[Report on the health of British troops in the Madras command]
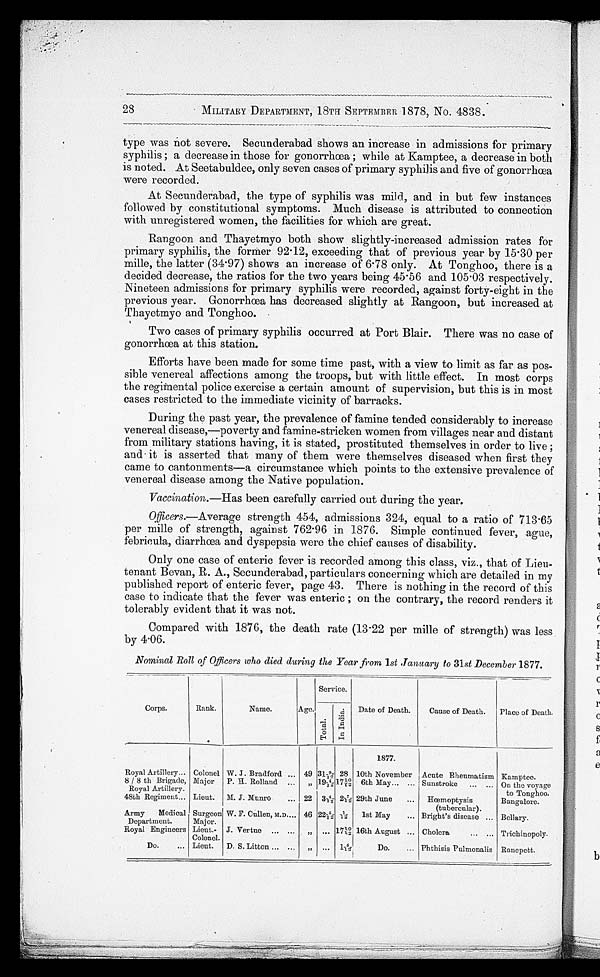
MILITARY DEPARTMENT, 18TH SEPTEMBER 1878, No. 4838.
type was not severe. Secunderabad shows an increase in admissions for primary
syphilis; a decrease in those for gonorrhœa; while at Kamptee, a decrease in both
is noted. At Seetabuldee, only seven cases of primary syphilis and five of gonorrhœa
were recorded.
At Secunderabad, the type of syphilis was mild, and in but few instances
followed by constitutional symptoms. Much disease is attributed to connection
with unregistered women, the facilities for which are great.
Rangoon and Thayetmyo both show slightly-increased admission rates for
primary syphilis, the former 92.12, exceeding that of previous year by 15.30 per
mille, the latter (34.97) shows an increase of 6.78 only. At Tonghoo, there is a
decided decrease, the ratios for the two years being 45.56 and 105.03 respectively.
Nineteen admissions for primary syphilis were recorded, against forty-eight in the
previous year. Gonorrhœa has decreased slightly at Rangoon, but increased at
Thayetmyo and Tonghoo.
Two cases of primary syphilis occurred at Port Blair. There was no case of
gonorrhœa at this station.
Efforts have been made for some time past, with a view to limit as far as pos
-sible venereal affections among the troops, but with little effect. In most corps
the regimental police exercise a certain amount of supervision, but this is in most
cases restricted to the immediate vicinity of barracks.
During the past year, the prevalence of famine tended considerably to increase
venereal disease,—poverty and famine-stricken women from villages near and distant
from military stations having, it is stated, prostituted themselves in order to live;
and it is asserted that many of them were themselves diseased when first they
came to cantonments—a circumstance which points to the extensive prevalence of
venereal disease among the Native population.
Vaccination.—Has been carefully carried out during the year.
Officers.—Average strength 454, admissions 324, equal to a ratio of 713.65
p e r m i l l e o f s t r e n g t h , a g a i n s t 7 6 2 . 9 6 i n 1 8 7 6 . S i m p l e c o n t i n u e d f e v e r , a g u e ,
febricula, diarrhœa and dyspepsia were the chief causes of disability.
Only one case of enteric fever is recorded among this class, viz., that of Lieu
-tenant Bevan, R. A., Secunderabad, particulars concerning which are detailed in my
published report of enteric fever, page 43. There is nothing in the record of this
case to indicate that the fever was enteric; on the contrary, the record renders it
tolerably evident that it was not.
Compared with 1876, the death rate (13.22 per mille of strength) was less
by 4.06.
Nominal Roll of Officers who died during the Year from 1 st January to 31st December 1877.
Corps.
Service.
Rank
.
Name.
Age.
Total.
I n I n d i a .
Date of Death.
Cause of Death.
Place of Death.
1877.
Royal Artillery . . . Colonel W. J. Bradford . . . 49 31 9/12 28 10th November Acute Rheumatism Kamptee.
8/8 th Brigade,
Royal Artillery . . .
Major P. H. Rolland . . .
"
1 9 4 / 1 2
17 10/12 6th May . . . Sunstroke . . . On the voyage
to Tonghoo.
48th Regiment . . . Lieut. M. J. Munro . . . 22
3 4 / 1 2 2 7/12 29th June . . .
H œ m o p t y s i s
(tubercular) . . .
Bangalore.
Army Medical
Department . . .
Surgeon
Major.
W. F. Cullen, M.D . . . 46
2 2 5 / 1 2 1/12 1st May . . . Bright's disease . . . Bellary.
Royal Engineers Lieut-
Colonel.
J. Vertue . . .
"
. . . 17 10/12 16th August . . . Cholera . . . Trichinopoly.
Do. . . . Lieut. D. S. Litton . . .
"
. . . 1 5/12
Do. . . . Phthisis Pulmonalis Ranepett.
28